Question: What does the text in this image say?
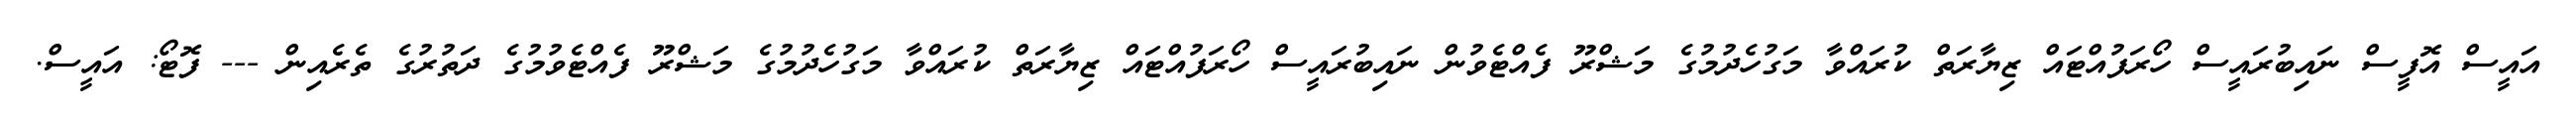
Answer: އައީސް އޮފީސް ނައިބުރައީސް ހޯރަފުއްޓައް ޒިޔާރަތް ކުރައްވާ މަގުހެދުމުގެ މަޝްރޫ ފެއްޓެވުން ނައިބުރައީސް ހޯރަފުއްޓައް ޒިޔާރަތް ކުރައްވާ މަގުހެދުމުގެ މަޝްރޫ ފެއްޓެވުމުގެ ދަތުރުގެ ތެރެއިން --- ފޮޓޯ: އައީސް.